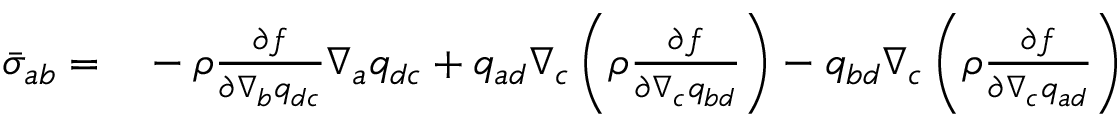
\begin{array} { r l } { \bar { \sigma } _ { a b } = } & { { } - \rho \frac { \partial f } { \partial \nabla _ { b } q _ { d c } } \nabla _ { a } q _ { d c } + q _ { a d } \nabla _ { c } \left( \rho \frac { \partial f } { \partial \nabla _ { c } { q } _ { b d } } \right) - q _ { b d } \nabla _ { c } \left( \rho \frac { \partial f } { \partial \nabla _ { c } { q } _ { a d } } \right) } \end{array}